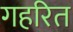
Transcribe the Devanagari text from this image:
गहरित